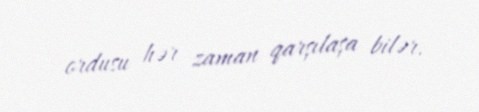
ordusu hər zaman qarşılaşa bilər.